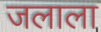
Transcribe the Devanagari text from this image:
जलाला